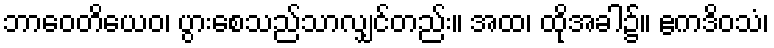
ဘာဝေတိယေဝ၊ ပွားစေသည်သာလျှင်တည်း။ အထ၊ ထိုအခါ၌။ ဧကဒိဝသံ၊